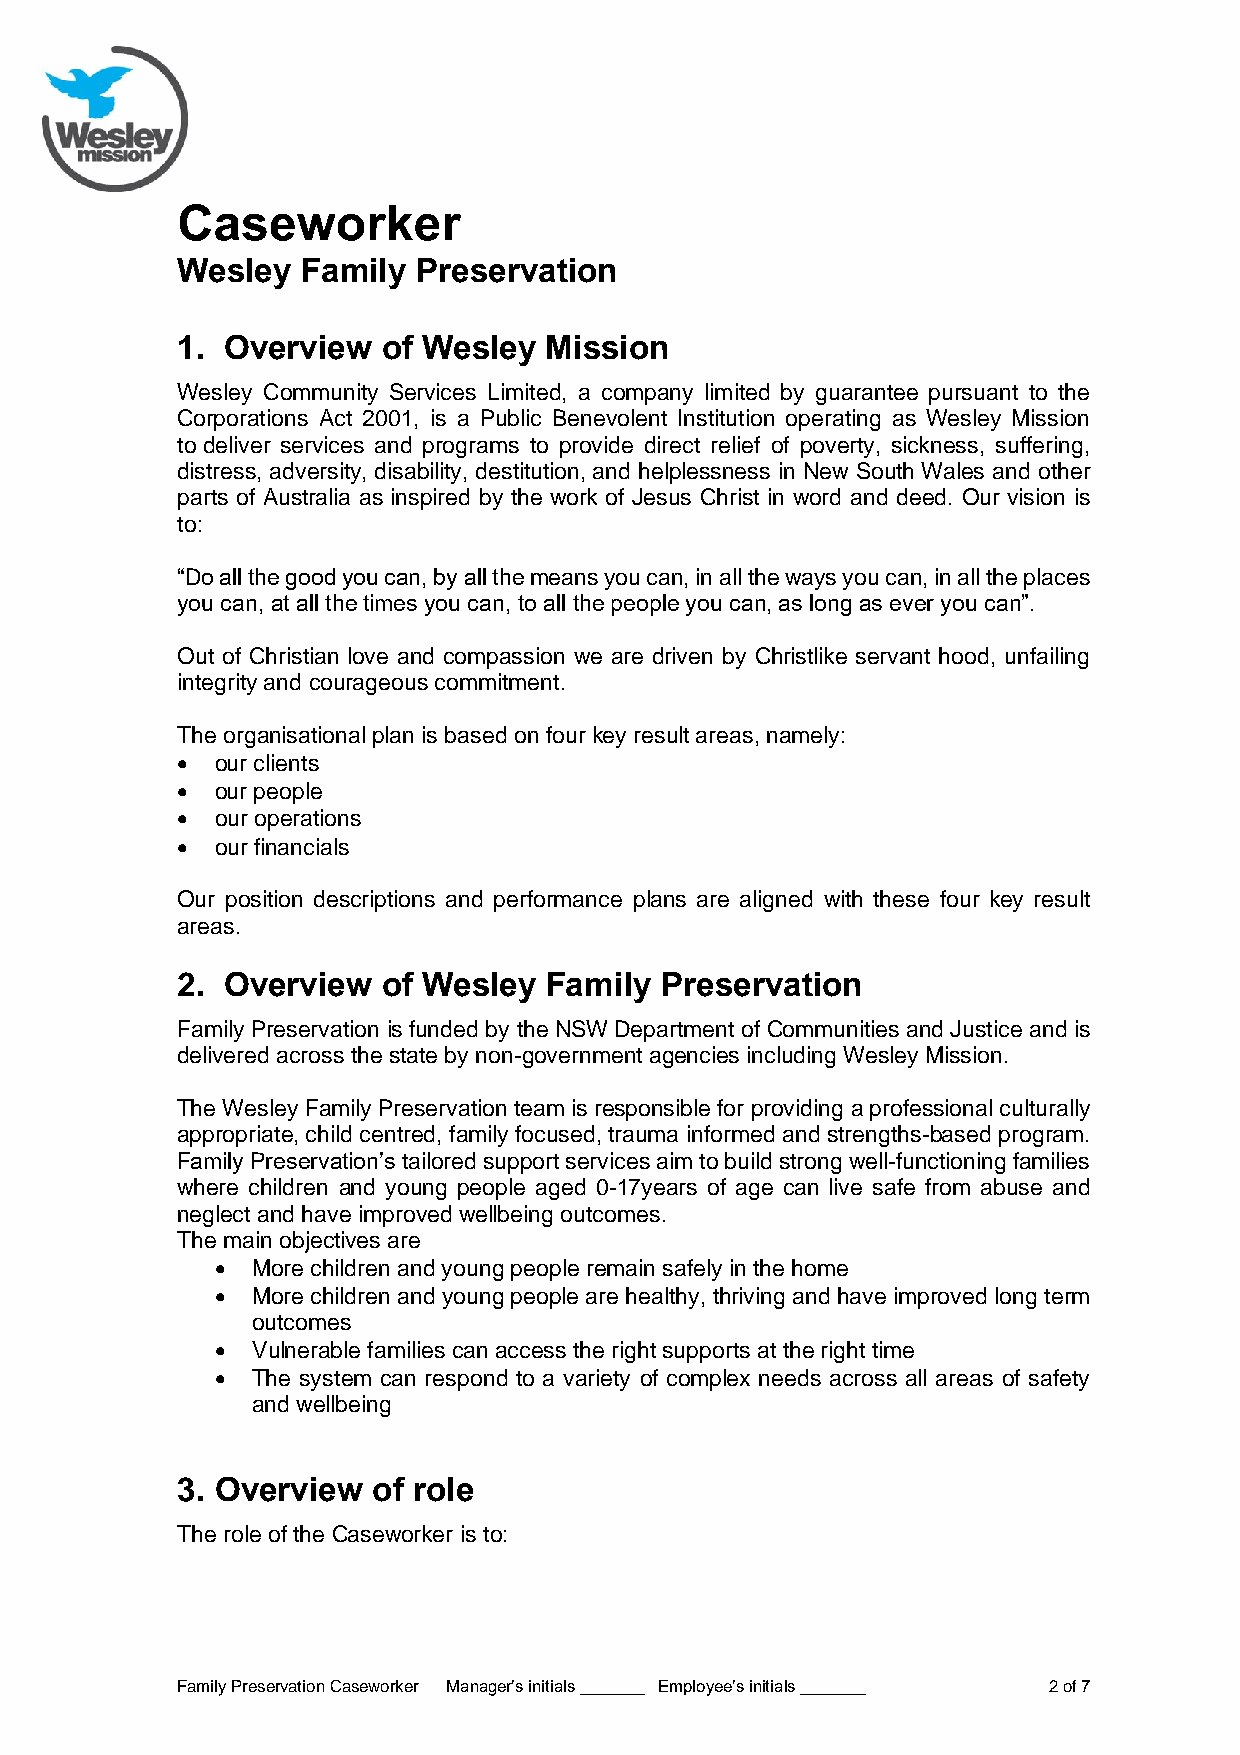
Caseworker
 Wesley  Family  Preservation
 1. Overview  of Wesley  Mission
 Wesley Community Services Limited, a company limited by guarantee pursuant to the
 Corporations Act 2001, is a Public Benevolent Institution operating as Wesley Mission
 to deliver services and programs to provide direct relief of poverty, sickness, suffering,
 distress, adversity, disability, destitution, and helplessness in New South Wales and other
 parts of Australia as inspired by the work of Jesus Christ in word and deed. Our vision is
 to:
 “Do all the good you can, by all the means you can, in all the ways you can, in all the places
 you can, at all the times you can, to all the people you can, as long as ever you can”.
 Out of Christian love and compassion we are driven by Christlike servant hood, unfailing
 integrity and courageous commitment.
 The organisational plan is based on four key result areas, namely:
 • our clients
 • our people
 • our operations
 • our financials
 Our position descriptions and performance plans are aligned with these four key result
 areas.
 2. Overview  of Wesley  Family  Preservation
 Family Preservation is funded by the NSW Department of Communities and Justice and is
 delivered across the state by non-government agencies including Wesley Mission.
 The Wesley Family Preservation team is responsible for providing a professional culturally
 appropriate, child centred, family focused, trauma informed and strengths-based program.
 Family Preservation’s tailored support services aim to build strong well-functioning families
 where children and young people aged 0-17years of age can live safe from abuse and
 neglect and have improved wellbeing outcomes.
 The main objectives are
 •  More children and young people remain safely in the home
 •  More children and young people are healthy, thriving and have improved long term
 outcomes
 •  Vulnerable families can access the right supports at the right time
 •  The system can respond to a variety of complex needs across all areas of safety
 and wellbeing
 3. Overview  of role
 The role of the Caseworker is to:
 Family Preservation Caseworker Manager’s initials _______ Employee’s initials _______ 2 of 7